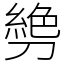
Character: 㔃